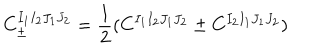
C _ { \pm } ^ { I _ { 1 } I _ { 2 } J _ { 1 } J _ { 2 } } = \frac { 1 } { 2 } ( C ^ { I _ { 1 } I _ { 2 } J _ { 1 } J _ { 2 } } \pm C ^ { I _ { 2 } I _ { 1 } J _ { 1 } J _ { 2 } } )